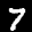
Label: 7